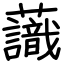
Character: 𧄹